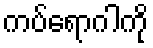
ကပ်ရောဂါကို